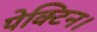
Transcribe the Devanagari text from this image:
पेक्टिन।